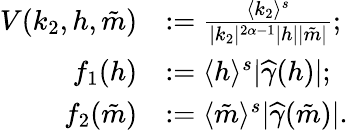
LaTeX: \begin{array}{rl}{V(k_{2},h,\tilde{m})}&{:=\frac{\langle k_{2}\rangle^{s}}{|k_{2}|^{2\alpha-1}|h||\tilde{m}|};}\\ {f_{1}(h)}&{:=\langle h\rangle^{s}|\widehat{\gamma}(h)|;}\\ {f_{2}(\tilde{m})}&{:=\langle\tilde{m}\rangle^{s}|\widehat{\gamma}(\tilde{m})|.}\end{array}